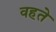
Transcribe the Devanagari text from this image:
वहते